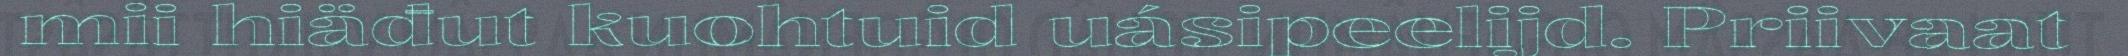
mii hiäđut kuohtuid uásipeelijd. Priivaat